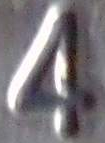
4